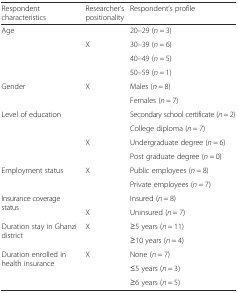
| Respondent characteristics | Researcher’s positionality | Respondent’s profile |
 | --- | --- | --- |
 | <ROWSPAN=4> Age |  | 20–29 (n = 3) |
 | X | 30–39 (n = 6) |
 |  | 40–49 (n = 5) |
 |  | 50–59 (n = 1) |
 | <ROWSPAN=2> Gender | X | Males (n = 8) |
 |  | Females (n = 7) |
 | <ROWSPAN=4> Level of education |  | Secondary school certificate (n = 2) |
 |  | College diploma (n = 7) |
 | X | Undergraduate degree (n = 6) |
 |  | Post graduate degree (n = 0) |
 | <ROWSPAN=2> Employment status | X | Public employees (n = 8) |
 |  | Private employees (n = 7) |
 | <ROWSPAN=2> Insurance coverage status |  | Insured (n = 8) |
 | X | Uninsured (n = 7) |
 | <ROWSPAN=2> Duration stay in Ghanzi district | X | ≥5 years (n = 11) |
 |  | ≥10 years (n = 4) |
 | <ROWSPAN=3> Duration enrolled in health insurance | X | None (n = 7) |
 |  | ≤5 years (n = 3) |
 |  | ≥6 years (n = 5) |